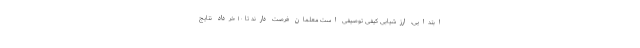
ابتدایی، ارزشیابی کیفی توصیفی است معلمان فرصت دارند تا ۱۰ خرداد نتایج